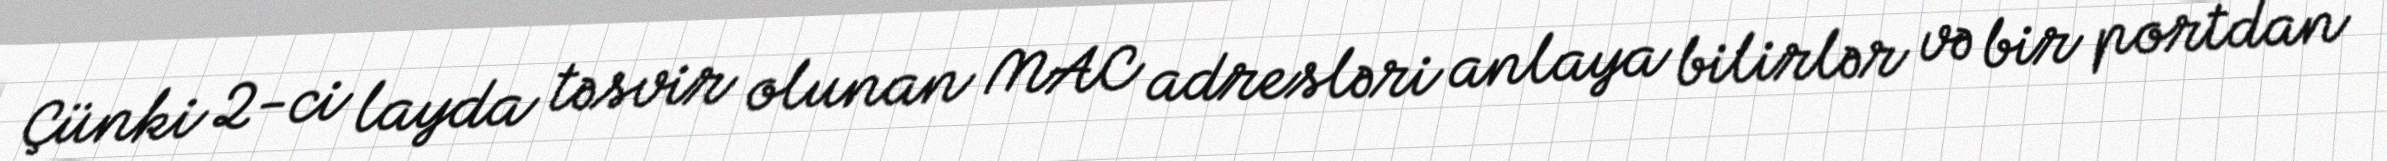
Çünki 2-ci layda təsvir olunan MAC adresləri anlaya bilirlər və bir portdan